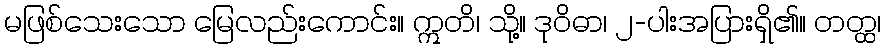
မဖြစ်သေးသော မြေလည်းကောင်း။ ဣတိ၊ သို့။ ဒုဝိဓာ၊ ၂-ပါးအပြားရှိ၏။ တတ္ထ၊